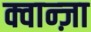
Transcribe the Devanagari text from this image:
क्वान्ज़ा